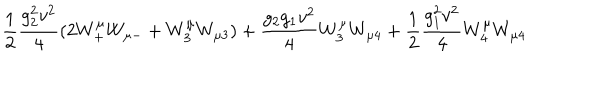
LaTeX: \frac 1 2 { \frac { g _ { 2 } ^ { 2 } v ^ { 2 } } { 4 } } ( 2 W _ { + } ^ { \mu } W _ { \mu - } + W _ { 3 } ^ { \mu } W _ { \mu 3 } ) + { \frac { g _ { 2 } g _ { 1 } v ^ { 2 } } { 4 } } W _ { 3 } ^ { \mu } W _ { \mu 4 } + \frac 1 2 { \frac { g _ { 1 } ^ { 2 } v ^ { 2 } } { 4 } } W _ { 4 } ^ { \mu } W _ { \mu 4 }